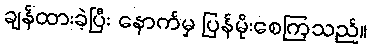
ချန်ထားခဲ့ပြီး နောက်မှ ပြန်မိုးစေကြသည်။